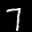
Label: 7